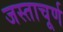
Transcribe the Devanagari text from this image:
जस्ताचूर्ण